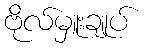
ဗိုလ်မှူးချုပ်